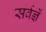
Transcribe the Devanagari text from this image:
सर्वज्ञें